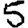
Digit: 5